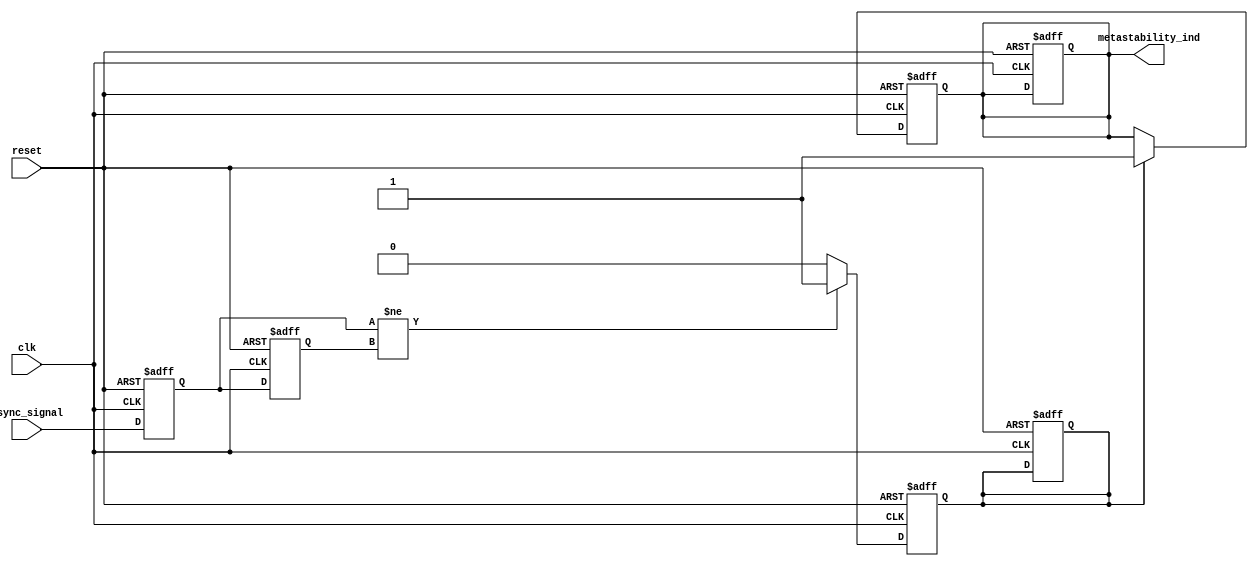
module metastability_detector (
    input wire clk,               // Clock input
    input wire async_signal,      // Asynchronous input signal
    input wire reset,             // Reset signal
    output reg metastability_ind   // Output signal indicating metastability
);

    reg ff1;                       // Output of the first flip-flop
    reg ff2;                       // Output of the second flip-flop
    reg pulse;                     // Pulse signal for metastability detection

    // Sampling flip-flops (FF1 and FF2)
    always @(posedge clk or posedge reset) begin
        if (reset) begin
            ff1 <= 1'b0;
            ff2 <= 1'b0;
            metastability_ind <= 1'b0;
            pulse <= 1'b0;
        end else begin
            ff1 <= async_signal;  // Sample asynchronous signal at clock edge
            ff2 <= ff1;           // Sample output of FF1 at next clock edge
        end
    end

    // Pulse generation logic
    always @(posedge clk or posedge reset) begin
        if (reset) begin
            pulse <= 1'b0;
        end else begin
            if (ff1 != ff2) begin
                pulse <= 1'b1;      // Generate pulse when FF1 and FF2 differ
            end else begin
                pulse <= 1'b0;      // Clear pulse if they are the same
            end
        end
    end

    // Metastability indicator logic
    always @(posedge clk or posedge reset) begin
        if (reset) begin
            metastability_ind <= 1'b0;
        end else if (pulse) begin
            metastability_ind <= 1'b1; // Set indicator on pulse
        end else begin
            metastability_ind <= metastability_ind; // Hold previous state
        end
    end

endmodule